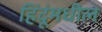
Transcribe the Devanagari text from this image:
हिंदूंमधील